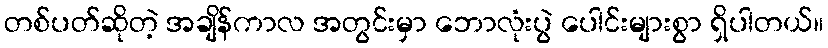
တစ်ပတ်ဆိုတဲ့ အချိန်ကာလ အတွင်းမှာ ဘောလုံးပွဲ ပေါင်းများစွာ ရှိပါတယ်။